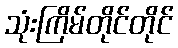
သုံးကြိမ်တိုင်တိုင်